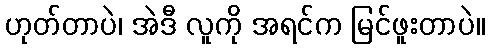
ဟုတ်တာပဲ၊ အဲဒီ လူကို အရင်က မြင်ဖူးတာပဲ။